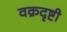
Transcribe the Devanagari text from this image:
वक्रदृष्टी